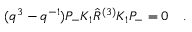
( q ^ { 3 } - q ^ { - 1 } ) P _ { - } K _ { 1 } \hat { R } ^ { ( 3 ) } K _ { 1 } P _ { - } = 0 \quad .